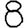
Digit: 8